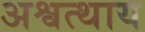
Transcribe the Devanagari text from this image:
अश्वत्थाय